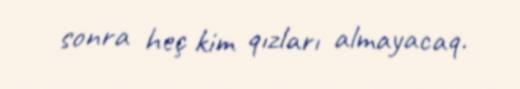
sonra heç kim qızları almayacaq.